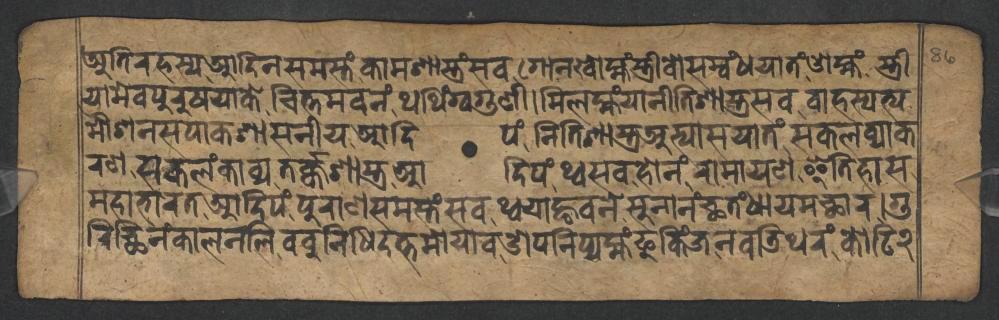
𑐀𑐟𑐶𑐬𑐴𑐳𑑂𑐫𑐁𑐡𑐶𑐣𑐳𑐩𑐳𑑂𑐟𑑄𑐎𑐵𑐩𑐱𑐵𑐳𑑂𑐟𑑂𑐬𑑄𑐳𑐰𑐐𑑀𑐣𑐏𑑀𑐩𑑂𑐴𑑄𑐳𑑂𑐟𑑂𑐬𑐷𑐰𑑀𑐳𑐩𑑂𑐧𑑄𑐢𑐫𑐵𑐟𑑄𑐌𑐩𑑂𑐴𑑄𑐳𑑂𑐟𑑂𑐬𑐷 𑐫𑐵𑐩𑐾𑐰𑐥𑐸𑐬𑐸𑐲𑐫𑐵𑐎𑐾𑐔𑐶𑐟𑑂𑐟𑐩𑐰𑐣𑑄𑐠𑐠𑐶𑑄𑐐𑑂𑐰𑐐𑐸𑐞𑐷𑑋𑐩𑐶𑐮𑐩𑑂𑐴𑑄𑐫𑐵𑐣𑐷𑐟𑐶𑐱𑐵𑐳𑑂𑐟𑑂𑐬𑐳𑐰𑐧𑐵𑐴𑐳𑑂𑐥𑐟𑑂𑐫 𑐩𑑁𑐱𑐣𑐳𑐥𑐵𑐎𑐱𑐵𑐳𑐣𑐷𑐫𑐁𑐡𑐶𑐥𑑄𑐣𑐶𑐟𑐶𑐱𑐵𑐳𑑂𑐟𑑂𑐬𑐀𑐨𑑂𑐫𑐵𑐳𑐫𑐵𑐟𑑄𑐳𑐎𑐮𑐰𑑂𑐫𑐵𑐎 𑐬𑐞𑐳𑐎𑐮𑑄𑐎𑐵𑐰𑑂𑐫𑐟𑐬𑑂𑐎𑑂𑐎𑐱𑐵𑐳𑑂𑐟𑑂𑐬𑐁𑐡𑐶𑐥𑑄𑐠𑑂𑐰𑐳𑐰𑐴𑑀𑐣𑑄𑐬𑐵𑐩𑐵𑐫𑐞𑐿𑐟𑐶𑐴𑐵𑐳 𑐩𑐴𑐵𑐨𑐵𑐬𑐟𑐁𑐡𑐶𑐥𑑄𑐥𑐸𑐬𑐵𑐞𑐳𑐩𑐳𑑂𑐟𑑄𑐳𑐰𑐠𑑂𑐰𑐫𑐵𑐒𑑂𑐴𑐰𑐣𑐾𑐳𑐸𑐣𑐵𑐣𑑄𑐕𑐟𑑄𑐢𑐵𑐫𑐩𑐕𑐵𑐬𑑋𑐐𑐸 𑐬𑐶𑐕𑐶𑐣𑑄𑐎𑐵𑐮𑐣𑐮𑐶𑐧𑐧𑐸𑐣𑐶𑐢𑐶𑐡𑐟𑑂𑐟𑐩𑑀𑐫𑐵𑐰𑐌𑐥𑐣𑐶𑐥𑑂𑐫𑐩𑑂𑐴𑑄𑐦𑐸𑐎𑐶𑑄𑐖𑐣𑐰𑐜𑐶𑐠𑐬𑑄𑐎𑑀𑐚𑐶𑑒